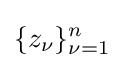
\{z_{\nu }\}_{\nu =1}^{n}